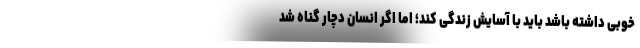
خوبی داشته باشد باید با آسایش زندگی کند؛ اما اگر انسان دچار گناه شد